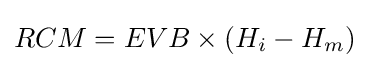
RCM=EVB\times (H_{i}-H_{m})